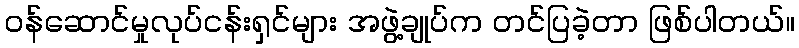
ဝန်ဆောင်မှုလုပ်ငန်းရှင်များ အဖွဲ့ချုပ်က တင်ပြခဲ့တာ ဖြစ်ပါတယ်။